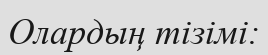
Олардың тізімі: